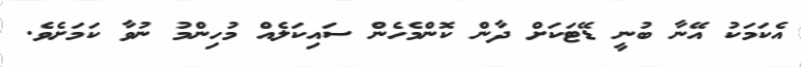
އެކަމަކު އޭނާ ބުނީ ޑޭޓަކަށް ދާން ކޮންމެހެން ސައިކަލެއް މުހިންމު ނުވާ ކަމަށެވެ.